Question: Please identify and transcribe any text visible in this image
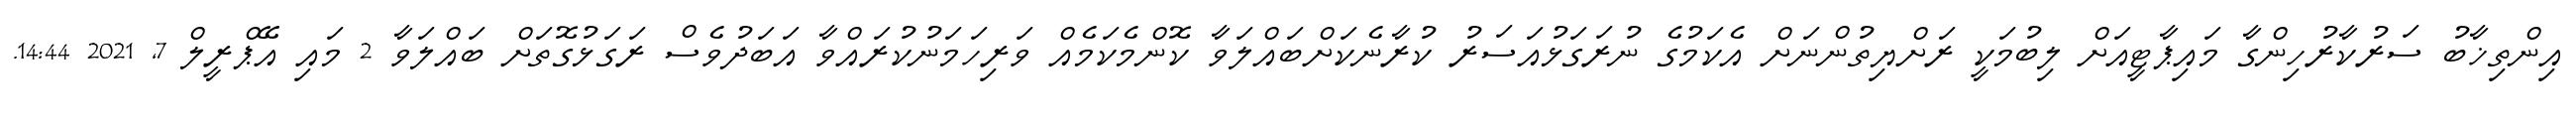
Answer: އިންތިޚާބު ސަރުކާރުހިންގާ މައިޕާޓީއަށް ލިބުމަކީ ރަށްޔިތުންނަށް އެކަމުގެ ނުރަގަޅުއަސަރު ކުރާނެކަށްބައްލަވާ ކޮންމެކަމެއް ވަރިހަމަނުކުރައްވާ އަބަދުވެސް ރަގަޅުގޮތަށް ބައްލަވާ 2 މައި އޭޕްރީލް 7, 2021 14:44.